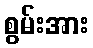
စွမ်းအား